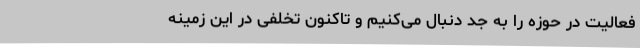
فعالیت در حوزه را به جد دنبال می‌کنیم و تاکنون تخلفی در این زمینه